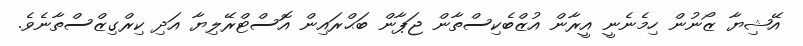
އޭޝިޔާ ޒޯނުން ހިމެނެނީ އީރާން އުޒްބެކިސްތާން ޖަޕާން ބަޙްރައިން އޮސްޓްރޭލިޔާ އަދި ކިރްގިޒްސްތާނެވެ.